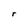
Character: r